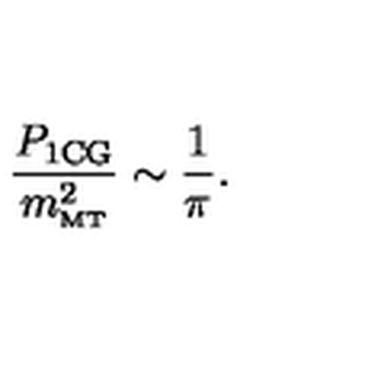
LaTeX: \frac { P _ { \mathrm { 1 C G } } } { m _ { \mathrm { \scriptscriptstyle { M T } } } ^ { 2 } } \sim \frac { 1 } { \pi } .